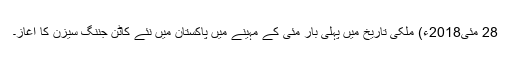
28 مئی2018ء) ملکی تاریخ میں پہلی بار مئی کے مہینے میں پاکستان میں نئے کاٹن جننگ سیزن کا آغاز۔